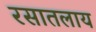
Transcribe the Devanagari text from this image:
रसातलाय